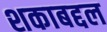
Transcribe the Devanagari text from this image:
शकाबद्दल